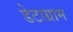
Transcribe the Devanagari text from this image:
डेटाग्राम